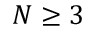
N \ge 3